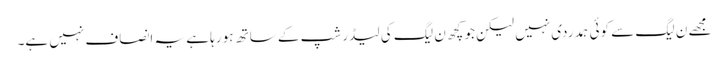
مجھے ن لیگ سے کوئی ہمدردی نہیں لیکن جو کچھ ن لیگ کی لیڈر شپ کے ساتھ ہو رہا ہے یہ انصاف نہیں ہے۔